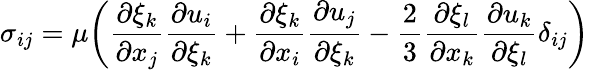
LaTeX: \sigma_{ij}=\mu\bigg(\frac{\partial\xi_{k}}{\partial x_{j}}\frac{\partial u_{i}}{\partial\xi_{k}}+\frac{\partial\xi_{k}}{\partial x_{i}}\frac{\partial u_{j}}{\partial\xi_{k}}-\frac{2}{3}\frac{\partial\xi_{l}}{\partial x_{k}}\frac{\partial u_{k}}{\partial\xi_{l}}\delta_{ij}\bigg)